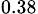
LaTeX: _{0.38}